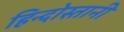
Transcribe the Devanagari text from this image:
हिन्दोस्तानी